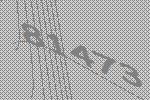
81473